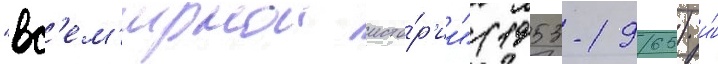
"вс'ем'ирнои исто́р'ии" (1953-1965) и́